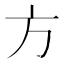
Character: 方